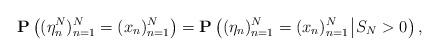
LaTeX: \begin{align*}\mathbf{P}\left((\eta^N_n)_{n=1}^{N}=(x_n)_{n=1}^{N}\right)=\mathbf{P}\left((\eta_n)_{n=1}^{N}=(x_n)_{n=1}^{N}\:\vline\:S_N>0\right),\end{align*}